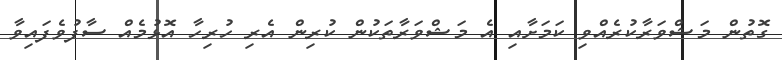
ގޮތުން މަޝްވަރާކުރެއްވި ކަމަށާއި އެ މަޝްވަރާތަކުން ކުރިން އެރި ހުރިހާ އޮޅުމެއް ސާފުވެފައިވާ